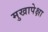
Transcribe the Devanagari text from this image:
मुखापेक्षा